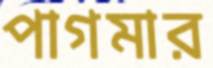
পাগমার